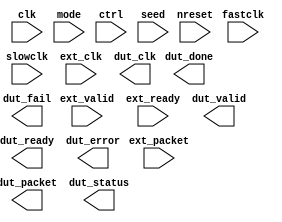
// This program was cloned from: https://github.com/aolofsson/oh
// License: MIT License

//#############################################################################
//# Function: Stub testbench                                                  #
//#############################################################################
//# Author:   Andreas Olofsson                                                #
//# License:  MIT (see LICENSE file in OH! repository)                        #
//#############################################################################
`timescale 1ns / 1ns
module testbench
  #(parameter PW             = 256,         // packet total width
    parameter CW             = 16,          // packet control width
    parameter N              = 32,          // ctrl/status width
    parameter DEPTH          = 8192,        // simulus memory depth
    parameter TARGET         = "DEFAULT"    // physical synthesis/sim target
    )
   (
    // control signals to drive
    input 	    nreset, // async active low reset
    input 	    clk, // core clock
    input 	    fastclk, // fast clock
    input 	    slowclk, //slow clock
    input [2:0]     mode, //0=idle,1=load,2=go,3=rng,4=bypass
    input [N-1:0]   ctrl, // generic ctrl vector
    input [N-1:0]  seed, // seed(s) for rng
    // external write interface
    input 	    ext_clk, //ext packet clock
    input 	    ext_valid, // ext valid signal
    input [PW-1:0]  ext_packet, // ext packet
    input 	    ext_ready, // external ready to receive
    // dut response packets
    output 	    dut_clk, // due packet clock
    output 	    dut_valid, //dut packet valid signal
    output [PW-1:0] dut_packet, // dut packet to drive
    output 	    dut_ready, // dut is ready for packet
    // dut status interface
    output [N-1:0]  dut_status, // generic status vector
    output 	    dut_error,// dut error flag (leads to failure)
    output 	    dut_done, // test done
    output 	    dut_fail  // test failed
    );

endmodule // testbench